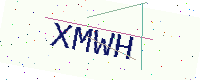
Text: XMWH